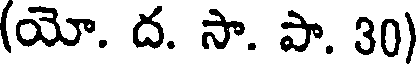
(యో. ద. సా. పా. 30)